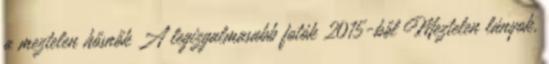
a meztelen hősnők A legizgalmasabb fotók 2015-ből Meztelen lányok,